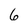
Character: 6